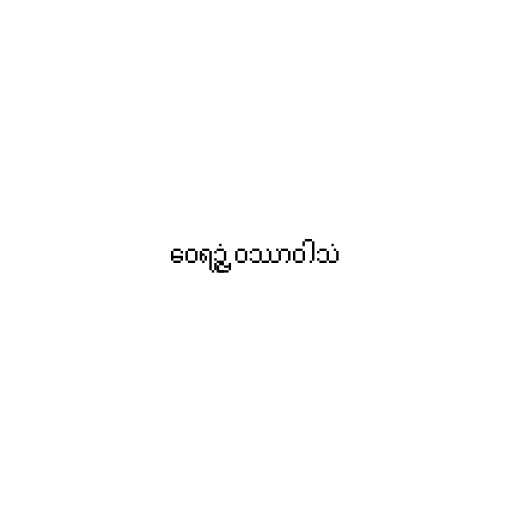
ဝေရဉ္ဇံ ဝဿာဝါသံ